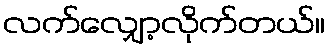
လက်လျှော့လိုက်တယ်။